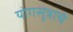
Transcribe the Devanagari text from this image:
योगसूत्राचे